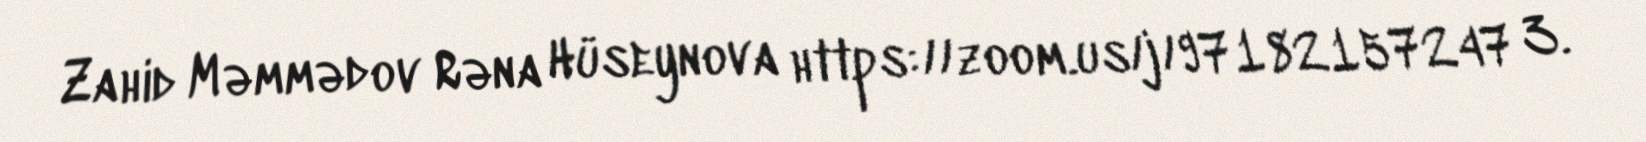
Zahid Məmmədov Rəna Hüseynova https://zoom.us/j/97182157247 3.